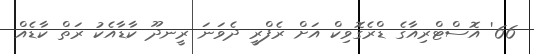
66' އޮސްޓްރިއާގެ ޑްރެގޮވިކް އަށް ރެފްރީ ދެވަނަ ރީނދޫ ކާޑާއެކު ރަތް ކާޑެއް